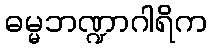
ဓမ္မဘဏ္ဍာဂါရိက